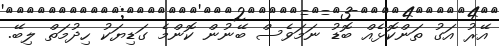
އޭރު އަގު ތަންކޮޅެއް ބޮޑު ނަމަވެސް ބޭނުން ކޮންމެ ގަޑިޔަކު ހިދުމަތް ލިބޭ.